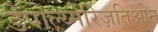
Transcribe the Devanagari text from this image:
डेपोल्य्मेरिज़तिओन